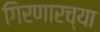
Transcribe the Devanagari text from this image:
गिरणारच्या